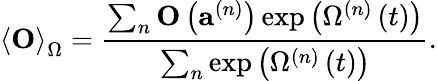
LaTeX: \left\langle\mathbf{O}\right\rangle_{\Omega}=\frac{\sum_{n}\mathbf{O}\left(\mathbf{a}^{\left(n\right)}\right)\exp\left(\Omega^{\left(n\right)}\left(t\right)\right)}{\sum_{n}\exp\left(\Omega^{\left(n\right)}\left(t\right)\right)}.